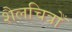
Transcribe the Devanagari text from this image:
शैलचित्रोँ